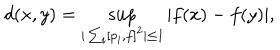
d ( x , y ) = \sup _ { | \sum _ { i } [ p _ { i } , f ] ^ { 2 } | \leq 1 } | f ( x ) - f ( y ) | ,